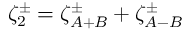
\zeta _ { 2 } ^ { \pm } = \zeta _ { A + B } ^ { \pm } + \zeta _ { A - B } ^ { \pm }